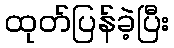
ထုတ်ပြန်ခဲ့ပြီး